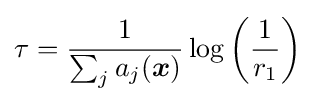
\tau ={\frac {1}{\sum _{j}a_{j}({\boldsymbol {x}})}}\log \left({\frac {1}{r_{1}}}\right)